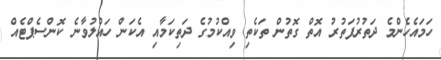
ހަމައެހެންމެ ދަތުރުފަތުރު އޮތް ގޮތުން ތަކެތި ވިއްކުމުގެ ދަތިކަމާއި އެކަން ހައްލުވާނެ ކޮންސެޕްޓެއް